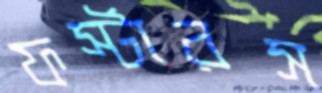
ফর্স্টারস